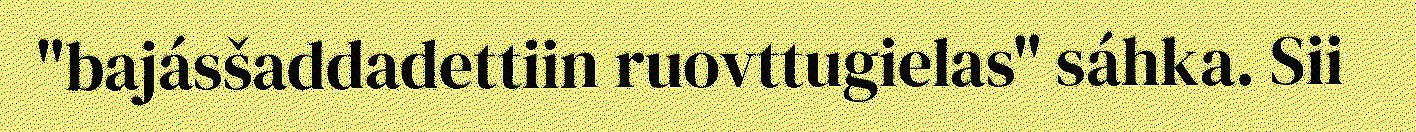
"bajásšaddadettiin ruovttugielas" sáhka. Sii